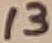
Text: 13